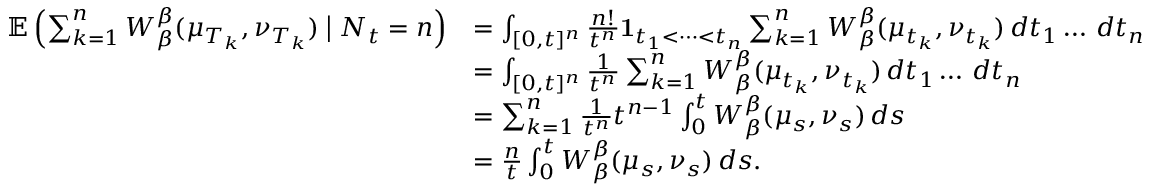
\begin{array} { r l } { \mathbb { E } \left( \sum _ { k = 1 } ^ { n } W _ { \beta } ^ { \beta } ( \mu _ { T _ { k } } , \nu _ { T _ { k } } ) \bigm | N _ { t } = n \right) } & { = \int _ { [ 0 , t ] ^ { n } } \frac { n ! } { t ^ { n } } \mathbf { 1 } _ { t _ { 1 } < \dots < t _ { n } } \sum _ { k = 1 } ^ { n } W _ { \beta } ^ { \beta } ( \mu _ { t _ { k } } , \nu _ { t _ { k } } ) \, d t _ { 1 } \dots \, d t _ { n } } \\ & { = \int _ { [ 0 , t ] ^ { n } } \frac { 1 } { t ^ { n } } \sum _ { k = 1 } ^ { n } W _ { \beta } ^ { \beta } ( \mu _ { t _ { k } } , \nu _ { t _ { k } } ) \, d t _ { 1 } \dots \, d t _ { n } } \\ & { = \sum _ { k = 1 } ^ { n } \frac { 1 } { t ^ { n } } t ^ { n - 1 } \int _ { 0 } ^ { t } W _ { \beta } ^ { \beta } ( \mu _ { s } , \nu _ { s } ) \, d s } \\ & { = \frac { n } { t } \int _ { 0 } ^ { t } W _ { \beta } ^ { \beta } ( \mu _ { s } , \nu _ { s } ) \, d s . } \end{array}